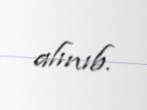
alınıb.